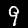
Label: 9